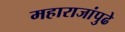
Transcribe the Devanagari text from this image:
महाराजांपुढे